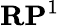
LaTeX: \mathbf{RP}^{1}